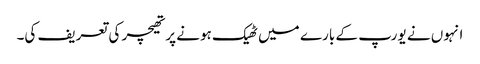
انہوں نے یورپ کے بارے میں ٹھیک ہونے پر تھیچر کی تعریف کی۔